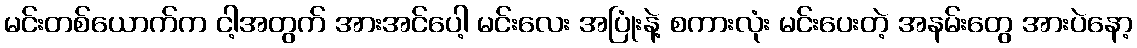
မင်းတစ်ယောက်က ငါ့အတွက် အားအင်ပေါ့ မင်းလေး အပြုံးနဲ့ စကားလုံး မင်းပေးတဲ့ အနမ်းတွေ အားပဲနော့